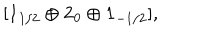
LaTeX: [ { \bf 1 } _ { 1 / 2 } \oplus { \bf 2 } _ { 0 } \oplus { \bf 1 } _ { - 1 / 2 } ] ,